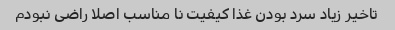
تاخیر زیاد سرد بودن غذا کیفیت نا مناسب اصلا راضی نبودم